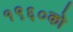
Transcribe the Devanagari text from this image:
१९६०को